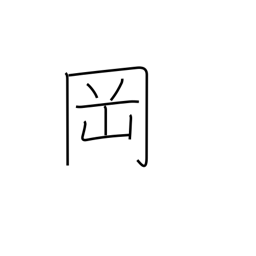
Meaning: knoll